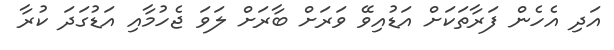
އަދި އެހެން ފަރާތަކަށް އަޑުއިވޭ ވަރަށް ބާރަށް ލަވަ ޖެހުމާއި އަޑުގަދަ ކުރާ